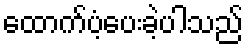
ထောက်ပံ့ပေးခဲ့ပါသည်